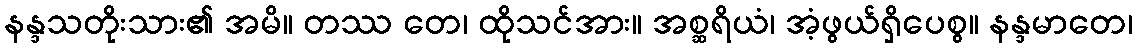
နန္ဒသတိုးသား၏ အမိ။ တဿ တေ၊ ထိုသင်အား။ အစ္ဆရိယံ၊ အံ့ဖွယ်ရှိပေစွ။ နန္ဒမာတေ၊